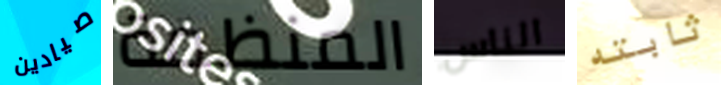
صيادين المنظمة الناس ثابته